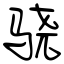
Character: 骁